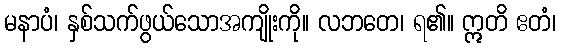
မနာပံ၊ နှစ်သက်ဖွယ်သောအကျိုးကို။ လဘတေ၊ ရ၏။ ဣတိ ဧတံ၊